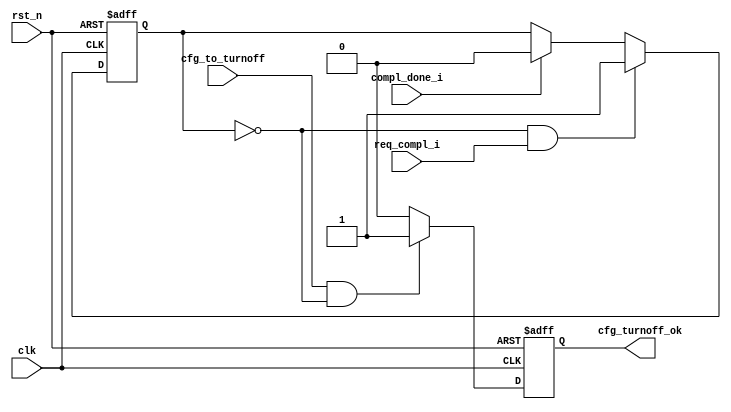
module PIO_TO_CTRL    (
                        clk,
                        rst_n,
                        req_compl_i,
                        compl_done_i,
                        cfg_to_turnoff,
                        cfg_turnoff_ok
                        );
    input               clk;
    input               rst_n;
    input               req_compl_i;
    input               compl_done_i;
    input               cfg_to_turnoff;
    output              cfg_turnoff_ok;
    reg                 trn_pending;
    reg                 cfg_turnoff_ok;
    always @ ( posedge clk or negedge rst_n ) begin
        if (!rst_n ) begin
          trn_pending <= 0;
        end else begin
          if (!trn_pending && req_compl_i)
            trn_pending <= 1'b1;
          else if (compl_done_i)
            trn_pending <= 1'b0;
        end
    end
     always @ ( posedge clk or negedge rst_n ) begin
      if (!rst_n ) begin
        cfg_turnoff_ok <= 1'b0;
      end else begin
        if ( cfg_to_turnoff  && !trn_pending)
          cfg_turnoff_ok <= 1'b1;
        else
          cfg_turnoff_ok <= 1'b0;
      end
    end
endmodule